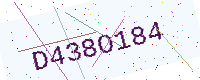
Text: D438O184